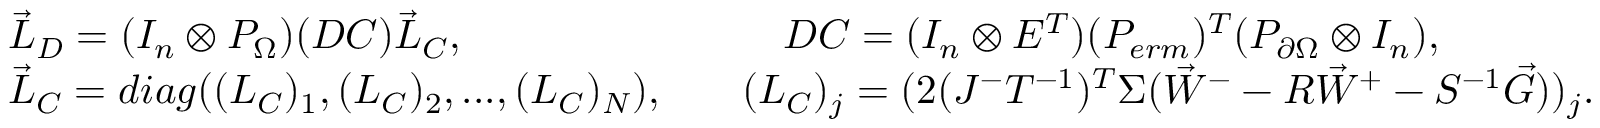
\begin{array} { r l r l r } & { \vec { L } _ { D } = ( I _ { n } \otimes P _ { \Omega } ) ( D C ) \vec { L } _ { C } , } & & { \ \ \ D C = ( I _ { n } \otimes E ^ { T } ) ( P _ { e r m } ) ^ { T } ( P _ { \partial \Omega } \otimes I _ { n } ) , } & \\ & { \vec { L } _ { C } = d i a g ( ( L _ { C } ) _ { 1 } , ( L _ { C } ) _ { 2 } , . . . , ( L _ { C } ) _ { N } ) , } & & { ( L _ { C } ) _ { j } = ( 2 ( J ^ { - } T ^ { - 1 } ) ^ { T } \Sigma ( \vec { W } ^ { - } - R \vec { W } ^ { + } - S ^ { - 1 } \vec { G } ) ) _ { j } . } & \end{array}